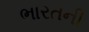
ભારતની